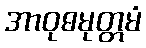
အာဝုဓမုတ္တမံ